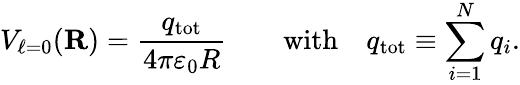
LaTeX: V_{\ell=0}(\mathbf{R})={\frac{q_{\mathrm{tot}}}{4\pi\varepsilon_{0}R}}\qquad{\mathrm{with}}\quad q_{\mathrm{tot}}\equiv\sum_{i=1}^{N}q_{i}.